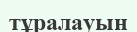
тұралауын